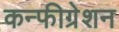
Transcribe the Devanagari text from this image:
कन्फीग्रेशन